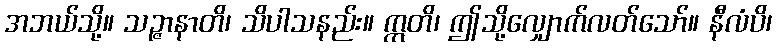
အဘယ်သို့။ သဉ္ဇာနာတိ၊ သိပါသနည်း။ ဣတိ၊ ဤသို့လျှောက်လတ်သော်။ နီလံပိ၊